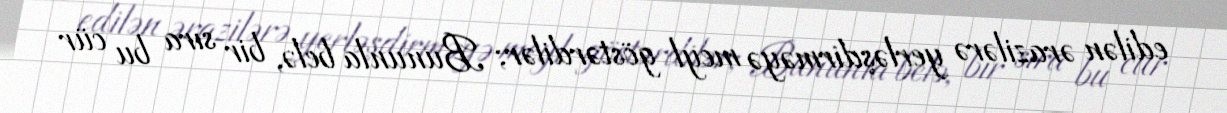
edilən ərazilərə yerləşdirməyə meyl göstərdilər; Bununla belə, bir sıra bu cür